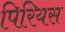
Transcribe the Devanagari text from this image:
पिरियस